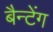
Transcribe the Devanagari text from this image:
बैन्टेंग